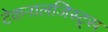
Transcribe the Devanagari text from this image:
टेकनालजिस्ट्‌स